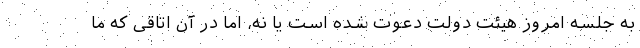
به جلسه امروز هیئت دولت دعوت شده است یا نه، اما در آن اتاقی که ما